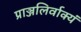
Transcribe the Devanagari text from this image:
प्राञ्जलिर्वाक्यं